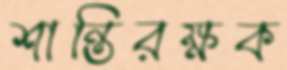
শান্তিরক্ষক